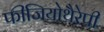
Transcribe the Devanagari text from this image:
फीजियोथैरेपी